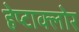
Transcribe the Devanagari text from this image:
हेप्‍टाक्‍लोर